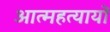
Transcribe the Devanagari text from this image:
आत्महत्यायों